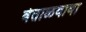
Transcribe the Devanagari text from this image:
वेताळबाबा